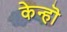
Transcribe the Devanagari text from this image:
केन्हॊ